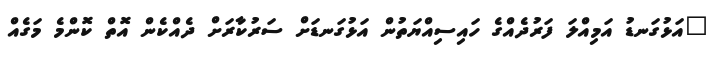
"އަޅުގަނޑު އަމިއްލަ ފަރުދެއްގެ ހައިސިއްޔަތުން އަޅުގަނޑަށް ސަރުކާރަށް ދެއްކެން އޮތް ކޮންމެ މަގެއް